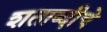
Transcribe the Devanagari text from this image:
शताब्दीचे